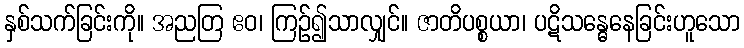
နှစ်သက်ခြင်းကို။ အညတြ ဧဝ၊ ကြဉ်၍သာလျှင်။ ဇာတိပစ္စယာ၊ ပဋိသန္ဓေနေခြင်းဟူသော